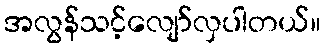
အလွန်သင့်လျော်လှပါတယ်။